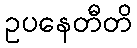
ဥပနေတီတိ